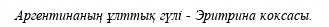
Аргентинаның ұлттық гүлі - Эритрина коксасы.